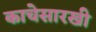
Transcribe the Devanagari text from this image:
काचेसारखी